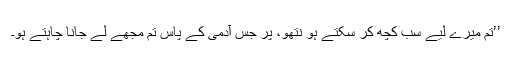
’’تم میرے لیے سب کچھ کر سکتے ہو نتھو، پر جس آدمی کے پاس تم مجھے لے جانا چاہتے ہو۔